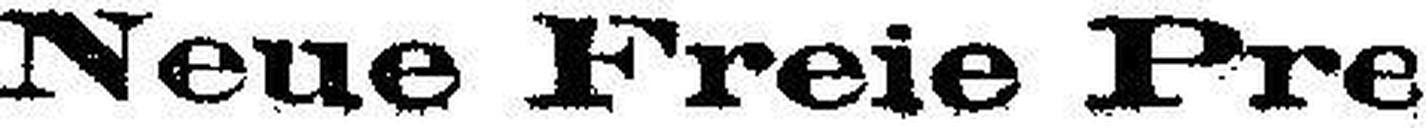
Neue Freie Pre